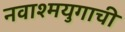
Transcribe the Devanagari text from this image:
नवाश्मयुगाची